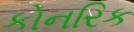
કોનરિક